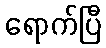
ရောက်ပြီ